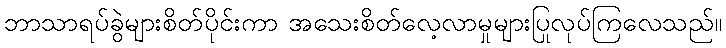
ဘာသာရပ်ခွဲများစိတ်ပိုင်းကာ အသေးစိတ်လေ့လာမှုများပြုလုပ်ကြလေသည်။